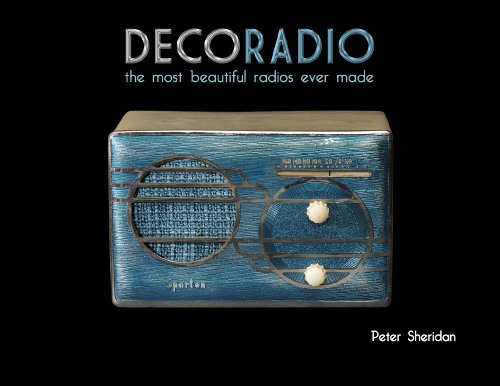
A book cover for Deco Radio: The Most Beautiful Radios Ever Made; Peter Sheridan; Crafts, Hobbies & Home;